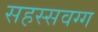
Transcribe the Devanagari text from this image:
सहस्सवग्ग